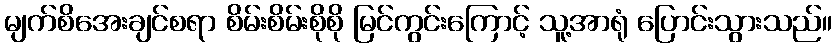
မျက်စိအေးချင်စရာ စိမ်းစိမ်းစိုစို မြင်ကွင်းကြောင့် သူ့အာရုံ ပြောင်းသွားသည်။